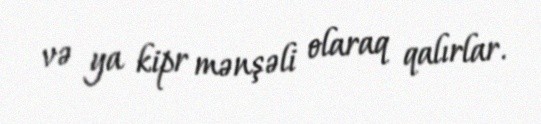
və ya kipr mənşəli olaraq qalırlar.